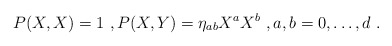
\begin{align*}P(X,X)=1 \ , P(X,Y)=\eta_{ab}X^aX^b \ , a,b=0,\dots,d \ .\end{align*}